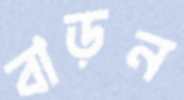
বাড়ন